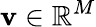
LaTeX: \boldsymbol{\mathbf{v}}\in\mathbb{{R}}^{M}